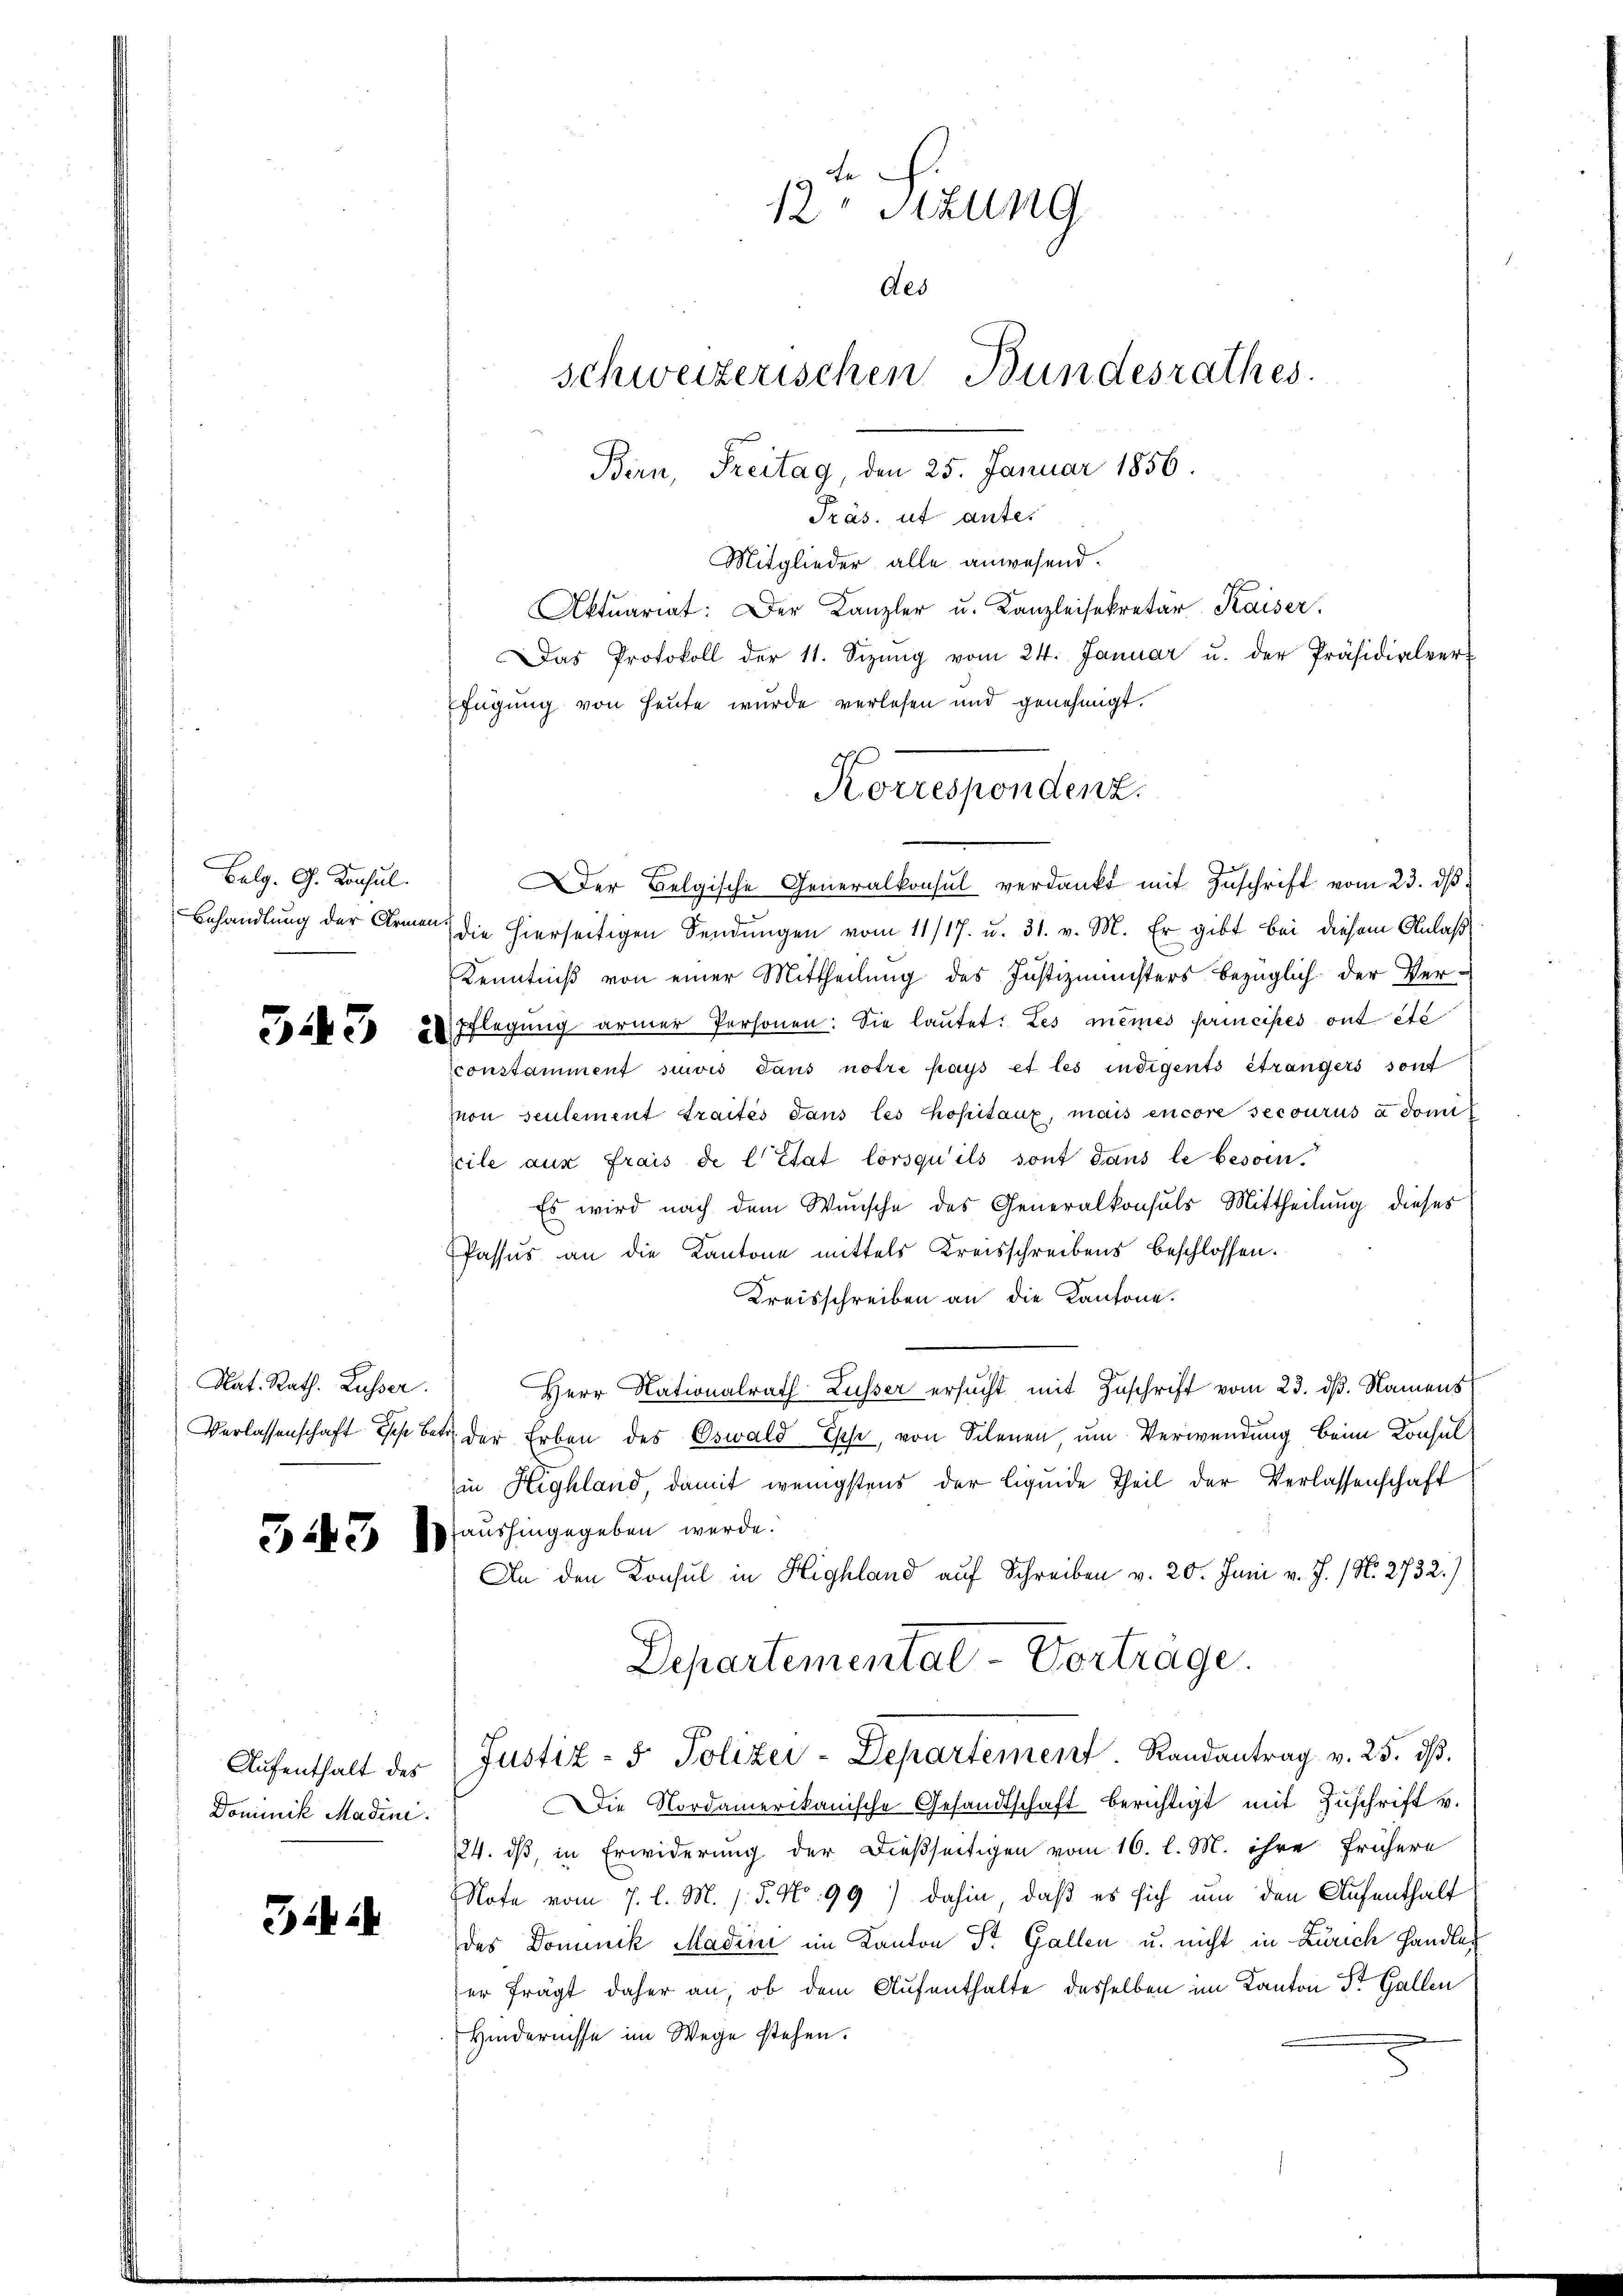
Belg. G. Konsul.

Nat. Rath. Lusser.

Dominik Madini.

3

Präs. ut ante.
Mitglieder alle anwesend.
Aktuariat: Der Kanzler u. Kanzleisekretär Kaiser.
Das Protokoll der 11. Sizŭng vom 24. Januar u. der Präsidialver
fügung von Heute wurde verlesen und genehmigt.
Der Belgische Generalkonsul verdankt mit Zŭschrift vom 23. dβ
Behandlung der Armen die hierseitigen Sendungen vom 11/17. u. 31. v. M. Er gibt bei diesem Anlaß
Kenntniß von einer Mittheilung des Justizministers bezüglich der Ver-
Spasse 2 Pflegung armer Personen: Sie lautet: Les meines principés ont été
constamment suivis dans notre pays et les indigents étrangers sont
mon seulement Traités dans les hopitaux, mais encore secourus a domi
Eile aus frais de l’état lorsqu’ils sont dans le besoin.
Es wird nach dem Wunsche des Generalkonsuls Mittheilung dieses
PPassus an die Kantone mittels Kreisschreibens beschlossen.
Kreisschreiben an die Kantone.
Herr Nationalrath Lusser ersucht mit Zuschrift vom 23. dß. Namens
Verlassenschaft des betr. der Erben des Oswald Esche, von Schenen, um Verwendung beim Konsulin Highland, damit wenigstens der liquide Theil der Verlassenschaft
 N. 3 95 aushingegeben werde.
An den Konsul in Highland auf Schreiben v. 20. Juni v. J. (N. 2732.)
Departemental Vortrage
Aŭfenthalt der Justiz- & Polizei-Departement. Randantrag v. 25. dβ.
Die Nordamerikanische Gesandtschaft berichtigt mit Zuschrift v.
124. ds, in Erwiderung der dießseitigen vom 16. l. M. ihre frühere
Note vom 7. l. M. s. 5. No. 99) dahin, daß es sich um den Aufenthalt
des Dominik Madini im Kanton Dr. Gallen u. nicht in Zürich Handleer frägt daher an, ob dem Aufenthalte desselben im Kanton St. Gallen
Hindernisse im Wege stehen.

12 Stzung
des
schweizerischen Bundesrathes.

Bern, Freitag, den 25. Januar 1856.

Korrespondenz.